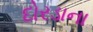
દોરડાના